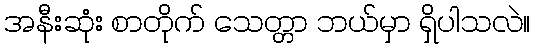
အနီးဆုံး စာတိုက် သေတ္တာ ဘယ်မှာ ရှိပါသလဲ။